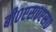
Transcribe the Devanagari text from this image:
बी०एस०एस०